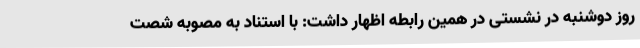
روز دوشنبه در نشستی در همین رابطه اظهار داشت: با استناد به مصوبه شصت